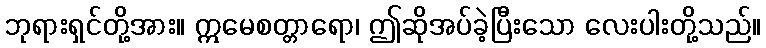
ဘုရားရှင်တို့အား။ ဣမေစတ္တာရော၊ ဤဆိုအပ်ခဲ့ပြီးသော လေးပါးတို့သည်။